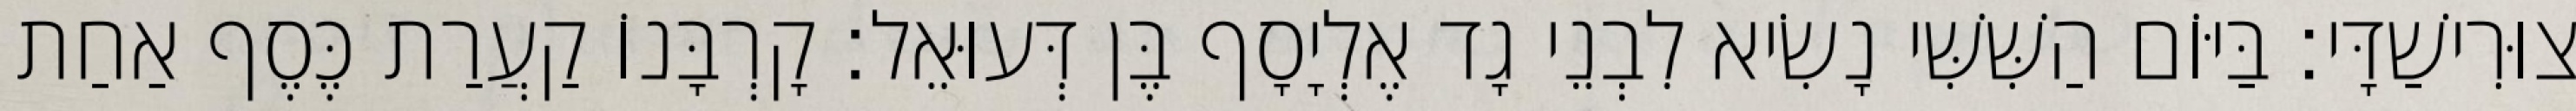
צוּרִישַׁדָּי׃ בַּיּוֹם הַשִּׁשִּׁי נָשִׂיא לִבְנֵי גָד אֶלְיָסָף בֶּן דְּעוּאֵל׃ קָרְבָּנוֹ קַעֲרַת כֶּסֶף אַחַת